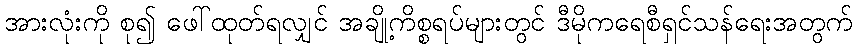
အားလုံးကို စု၍ ဖေါ်ထုတ်ရလျှင် အချို့ကိစ္စရပ်များတွင် ဒီမိုကရေစီရှင်သန်ရေးအတွက်